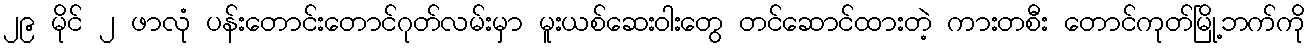
၂၉ မိုင် ၂ ဖာလုံ ပန်းတောင်းတောင်ဂုတ်လမ်းမှာ မူးယစ်ဆေးဝါးတွေ တင်ဆောင်ထားတဲ့ ကားတစီး တောင်ကုတ်မြို့ဘက်ကို